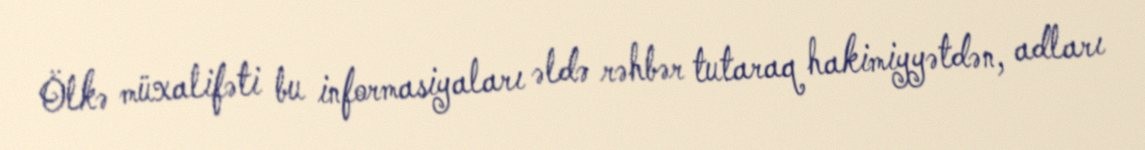
Ölkə müxalifəti bu informasiyaları əldə rəhbər tutaraq hakimiyyətdən, adları